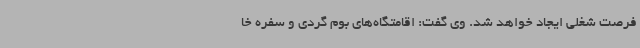
فرصت شغلی ایجاد خواهد شد. وی گفت: اقامتگاه‌های بوم گردی و سفره خا